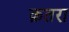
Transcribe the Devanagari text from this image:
क़तरा